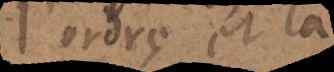
l’ordre et la